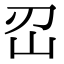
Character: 𡵑